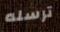
ترسله